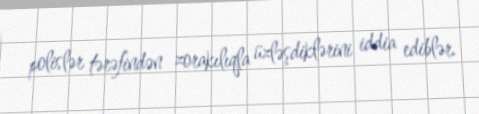
polislər tərəfindən zorakılıqla üzləşdiklərini iddia ediblər.